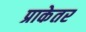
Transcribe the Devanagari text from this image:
प्राकेतर